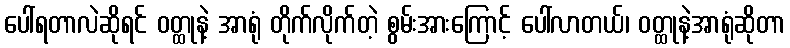
ပေါ်ရတာလဲဆိုရင် ဝတ္ထုနဲ့ အာရုံ တိုက်လိုက်တဲ့ စွမ်းအားကြောင့် ပေါ်လာတယ်၊ ဝတ္ထုနဲ့အာရုံဆိုတာ